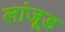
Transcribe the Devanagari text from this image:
लांजूड